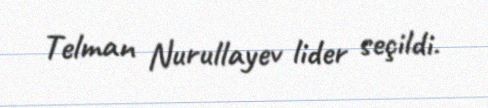
Telman Nurullayev lider seçildi.